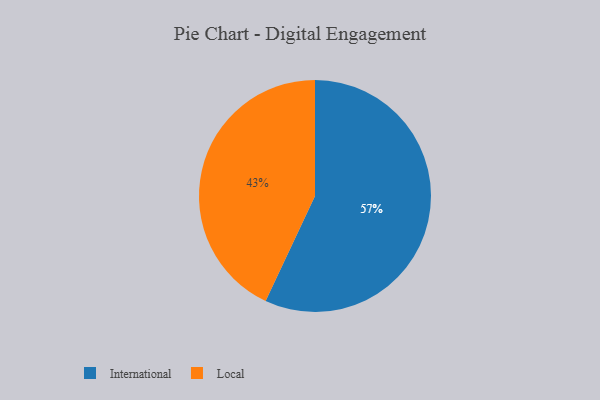
{"axis": {"x": "Category", "y": "Percentage"}, "legend": ["International", "Local"], "data": [{"x": "International", "y": 57, "type": "International"}, {"x": "Local", "y": 43, "type": "Local"}]}